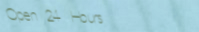
Open 24 Hours